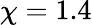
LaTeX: \chi=1.4